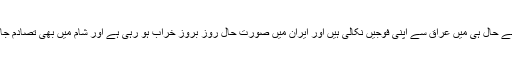
امریکہ نے حال ہی میں عراق سے اپنی فوجیں نکالی ہیں اور ایران میں صورت حال روز بروز خراب ہو رہی ہے اور شام میں بھی تصادم جاری ہے۔